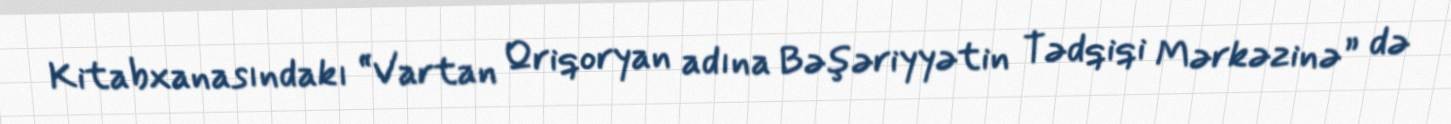
Kitabxanasındakı “Vartan Qriqoryan adına Bəşəriyyətin Tədqiqi Mərkəzinə” də